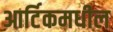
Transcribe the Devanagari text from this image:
आर्टिकमधील